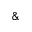
\&